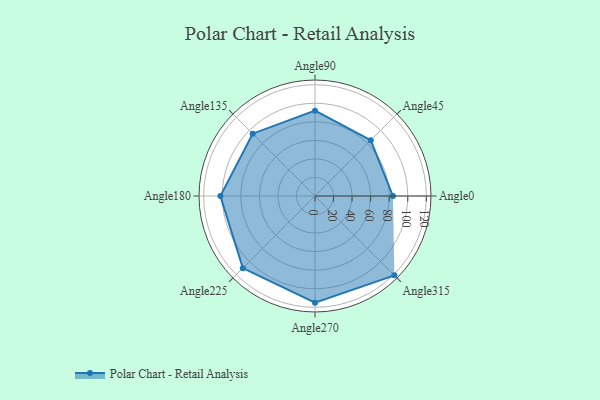
{"axis": {"x": "Angle", "y": "Radius"}, "legend": [""], "data": [{"x": "Angle0", "y": 84.0, "type": ""}, {"x": "Angle45", "y": 85.0, "type": ""}, {"x": "Angle90", "y": 92.0, "type": ""}, {"x": "Angle135", "y": 95.0, "type": ""}, {"x": "Angle180", "y": 102.0, "type": ""}, {"x": "Angle225", "y": 110.0, "type": ""}, {"x": "Angle270", "y": 115.0, "type": ""}, {"x": "Angle315", "y": 121.0, "type": ""}]}